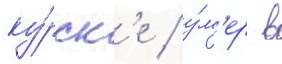
ку́рск'е / у́м'ер в